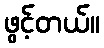
ဖွင့်တယ်။